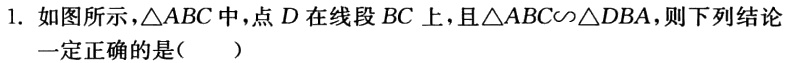
1. 如图所示，\(\triangle ABC\)中，点\(D\)在线段\(BC\)上，且\(\triangle ABC\sim\triangle DBA\)，则下列结论

一定正确的是（  ）